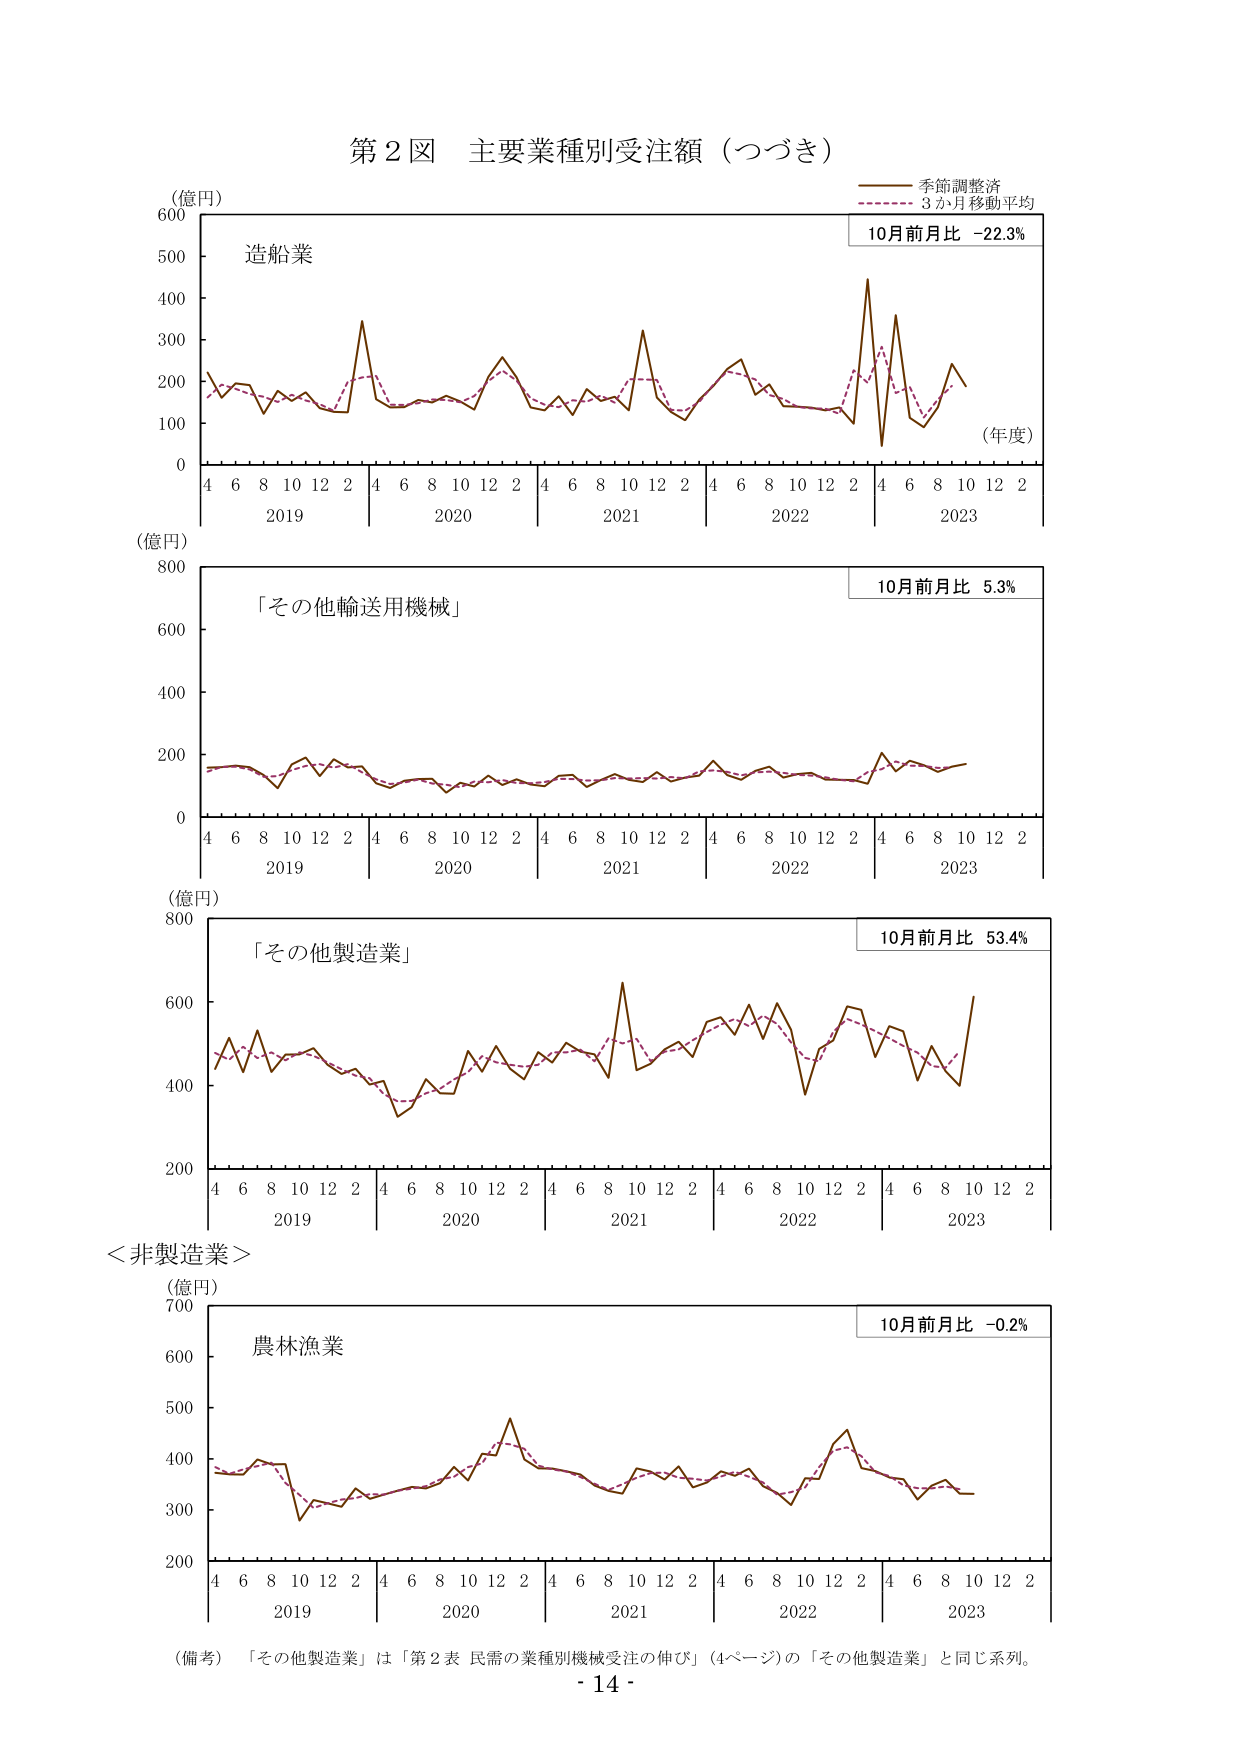
第２図 主要業種別受注額（つづき）

（億円）
造船業
4 6 8 10 12 2 4 6 8 10 12 2 4 6 8 10 12 2 4 6 8 10 12 2 4 6 8 10 12 2
2019 2020 2021 2022 2023
（年度）
季節調整済
3か月移動平均
10月前月比 -22.3%

（億円）
「その他輸送用機械」
4 6 8 10 12 2 4 6 8 10 12 2 4 6 8 10 12 2 4 6 8 10 12 2 4 6 8 10 12 2
2019 2020 2021 2022 2023
10月前月比 5.3%

（億円）
「その他製造業」
4 6 8 10 12 2 4 6 8 10 12 2 4 6 8 10 12 2 4 6 8 10 12 2 4 6 8 10 12 2
2019 2020 2021 2022 2023
10月前月比 53.4%

＜非製造業＞
（億円）
農林漁業
4 6 8 10 12 2 4 6 8 10 12 2 4 6 8 10 12 2 4 6 8 10 12 2 4 6 8 10 12 2
2019 2020 2021 2022 2023
10月前月比 -0.2%

（備考）「その他製造業」は「第２表 民需の業種別機械受注の伸び」（4ページ）の「その他製造業」と同じ系列。
- 14 -